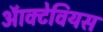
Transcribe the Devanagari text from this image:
ऑक्टेवियस